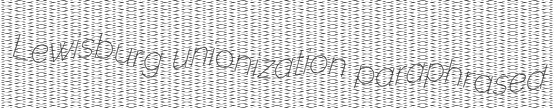
Lewisburg unionization paraphrased